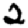
Digit: 2